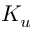
K _ { u }